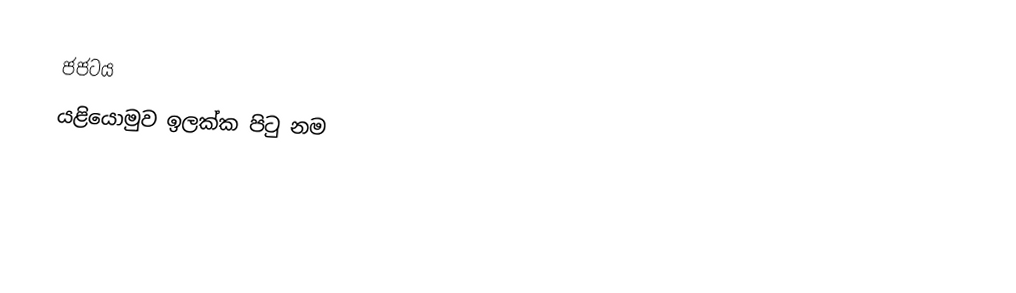
ජජටය
යළියොමුව ඉලක්ක පිටු නම